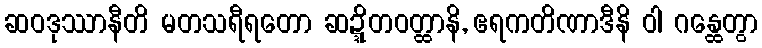
ဆဝဒုဿာနီတိ မတသရီရတော ဆဍ္ဍိတဝတ္ထာနိ, ဧရကတိဏာဒီနိ ဝါ ဂန္ထေတွာ